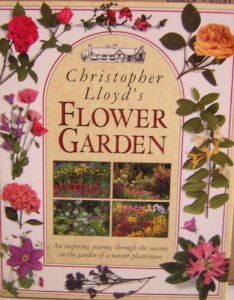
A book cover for CHRISTOPHER LLOYD'S FLOWER GARDEN; Christopher Lloyd; Crafts, Hobbies & Home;